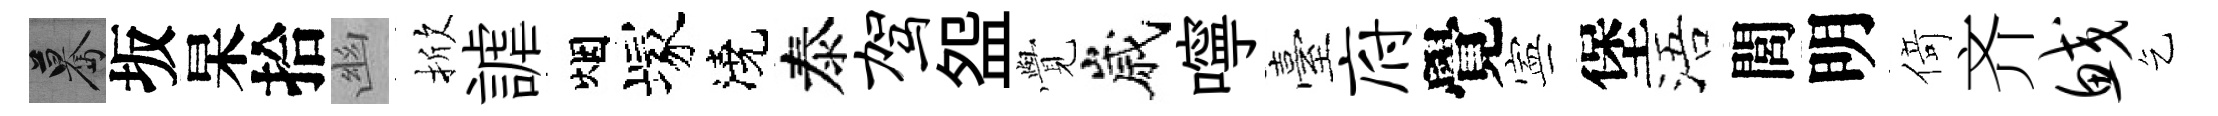
驀坂杲拾幽掀謔烟塚澆泰驾盌𮗜嵗嚀臺府覺寕堡浯閭明𠋣齐鲛乞